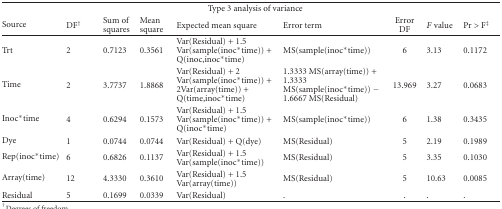
| <COLSPAN=8> Type 3 analysis of variance |
 | Source | DF† | Sum of squares | Mean square | Expected mean square | Error term | Error DF | F value | Pr > F‡ |
 | --- | --- | --- | --- | --- | --- | --- | --- |
 | Trt | 2 | 0.7123 | 0.3561 | Var(Residual)+1.5Var(sample(inoc*time)) + Q(inoc,inoc*time) | MS(sample(inoc*time)) | 6 | 3.13 | 0.1172 |
 | Time | 2 | 3.7737 | 1.8868 | Var(Residual)+2Var(sample(inoc*time)) +2Var(array(time))+ Q(time,inoc*time) | 1.3333MS(array(time)) + 1.3333 MS(sample(inoc*time))− 1.6667 MS(Residual) | 13.969 | 3.27 | 0.0683 |
 | Inoc*time | 4 | 0.6294 | 0.1573 | Var(Residual)+1.5Var(sample(inoc*time)) + Q(inoc*time) | MS(sample(inoc*time)) | 6 | 1.38 | 0.3435 |
 | Dye | 1 | 0.0744 | 0.0744 | Var(Residual)+ Q(dye) | MS(Residual) | 5 | 2.19 | 0.1989 |
 | Rep(inoc*time) | 6 | 0.6826 | 0.1137 | Var(Residual)+1.5Var(sample(inoc*time)) | MS(Residual) | 5 | 3.35 | 0.1030 |
 | Array(time) | 12 | 4.3330 | 0.3610 | Var(Residual)+1.5Var(array(time)) | MS(Residual) | 5 | 10.63 | 0.0085 |
 | Residual | 5 | 0.1699 | 0.0339 | Var(Residual) | . | . | . | . |